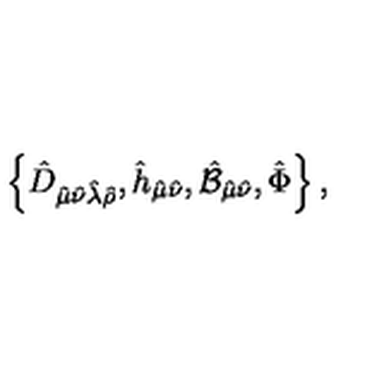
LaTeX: \left\{ \hat { D } _ { \hat { \mu } \hat { \nu } \hat { \lambda } \hat { \rho } } , \hat { h } _ { \hat { \mu } \hat { \nu } } , \hat { { \cal B } } _ { \hat { \mu } \hat { \nu } } , \hat { \Phi } \right\} ,